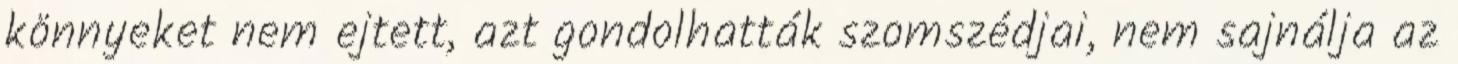
könnyeket nem ejtett, azt gondolhatták szomszédjai, nem sajnálja az